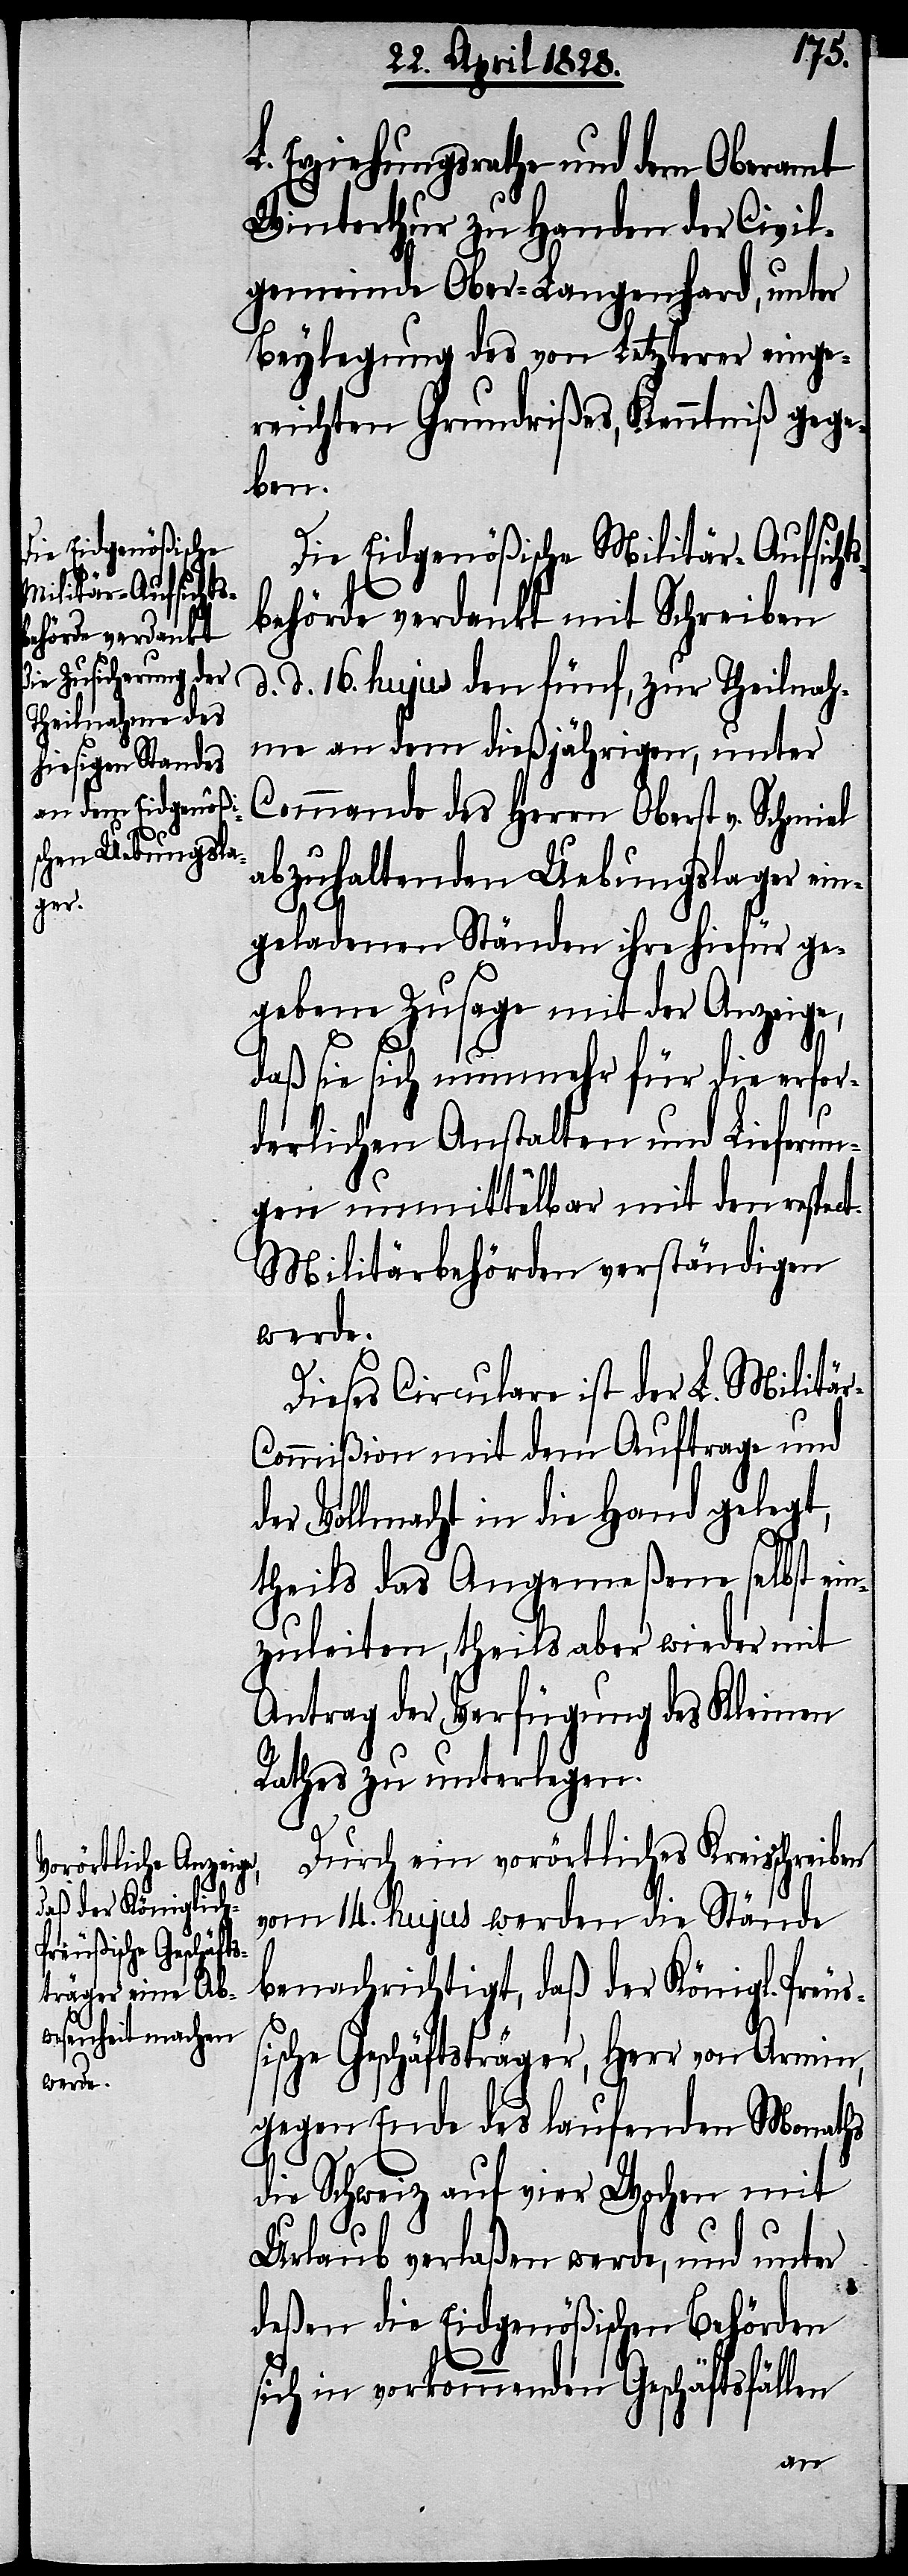
r-C¬

L. Erziehungsrathe und dem Oberamt
Winterthur zu Handen der Civil¬
gemeinde Ober-Langenhard, unter
Beylegung des von Letzterer einge¬
reichten Grundrißes, Kenntniß gege¬
ben.
Die Eidgenößische Militär-Aufsicht¬
sbehörde verdankt mit Schreiben
d. 16. hujus den fünf, zur Theilnah¬
me an dem dießjährigen, unter
Commando des Herrn Oberst v. Schmiel
abzuhaltenden Uebungslager ein¬
geladenen Ständen ihre hiefür ge¬
gebene Zusage mit der Anzeige,
daß sie sich nunmehr für die erfor¬
derlichen Anstalten und Lieferun¬
gen unmittelbar mit den respect.
Militärbehörden verständigen
werde.
d.
Dieses Circulare ist der L. Militä¬
ommißion mit dem Auftrage und
der Vollmacht in die Hand gelegt,
theils das Angemeßene selbst ein¬
zuleiten, theils aber wieder mit
Antrag der Verfügung des Kleinen
Rathes zu unterlegen.
Durch ein vorörtliches Kreisschreiben
vom 14. hujus werden die Stände
benachrichtigt, daß der Königl. Peuß¬
ische Geschäftsträger, Herr von Armin,
gegen Ende des laufenden Monaths
die Schweiz auf vier Wochen mit
Urlaub verlaßen werde, und unter
deßen die Eidgenößischen Behörden
sich in vorkommenden Geschäftsfällen